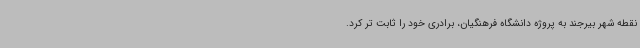
نقطه شهر بیرجند به پروژه دانشگاه فرهنگیان، برادری خود را ثابت تر کرد.